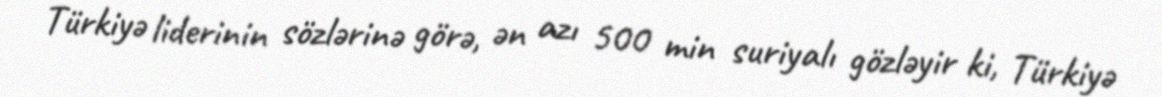
Türkiyə liderinin sözlərinə görə, ən azı 500 min suriyalı gözləyir ki, Türkiyə